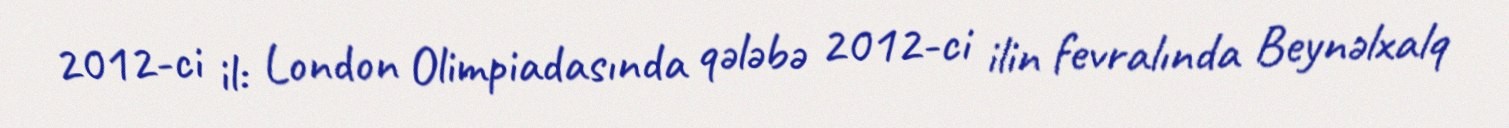
2012-ci il: London Olimpiadasında qələbə 2012-ci ilin fevralında Beynəlxalq